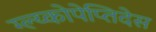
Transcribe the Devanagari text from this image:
ग्ल्य्कोपेप्तिदेस